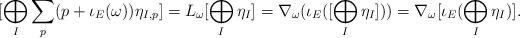
LaTeX: \begin{align*}[\bigoplus_{I} \sum_{p} (p + \iota_{E}(\omega)) \eta_{I,p}] = L_{\omega}[\bigoplus_{I} \eta_{I}] = \nabla_{\omega}(\iota_{E}([\bigoplus_{I} \eta_{I}])) = \nabla_{\omega}[\iota_{E}(\bigoplus_{I} \eta_{I})].\end{align*}